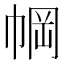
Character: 𫷆